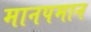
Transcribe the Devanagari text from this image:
मानपमान